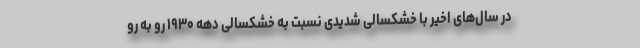
در سال‌های اخیر با خشکسالی شدیدی نسبت به خشکسالی دهه ۱۹۳۰ رو به رو